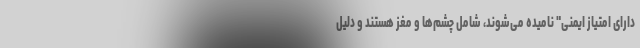
دارای امتیاز ایمنی" نامیده می‌شوند، شامل چشم‌ها و مغز هستند و دلیل